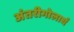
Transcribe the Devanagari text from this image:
अंतरीगोलार्ध